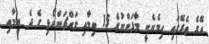
އޭގެ ތެރޭގައި ހިމެނެނީ މާފަންނުގެ 15 ބިމާއި މައްޗަންގޯޅި ގެ ދެ ބިމާއި